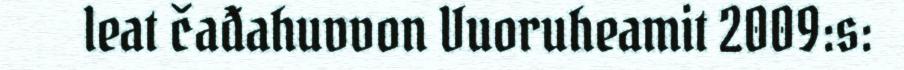
leat čađahuvvon Vuoruheamit 2009:s: